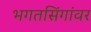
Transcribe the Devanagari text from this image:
भगतसिंगांवर